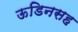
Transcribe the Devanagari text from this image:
ऊडिनसह